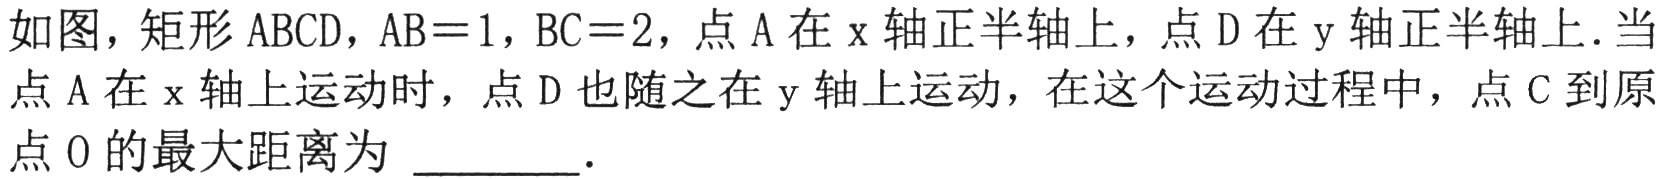
如图，矩形$\mathrm{ABCD}$，$\mathrm{AB}=1$，$\mathrm{BC}=2$，点$\mathrm{A}$在$\mathrm{x}$轴正半轴上，点$\mathrm{D}$在$\mathrm{y}$轴正半轴上．当点$\mathrm{A}$在$\mathrm{x}$轴上运动时，点$\mathrm{D}$也随之在$\mathrm{y}$轴上运动，在这个运动过程中，点$\mathrm{C}$到原点$\mathrm{O}$的最大距离为  ．